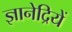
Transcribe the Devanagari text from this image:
ज्ञानेद्रियें